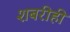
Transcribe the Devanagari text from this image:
शबरीही